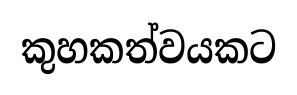
කුහකත්වයකට